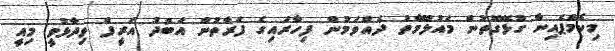
މިކެމްޕެއިނާ ގުޅޭގޮތުން މައުލޫމާތު ދެއްވަމުން ފިހާރައިގެ ފަރާތުން އަބުދު އަރީފް ވިދާޅުވީ މިއީ